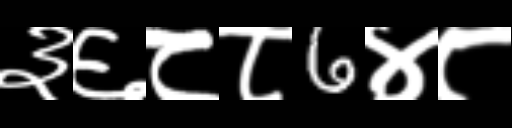
Text: ३६८८6४८